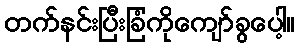
တက်နင်းပြီးခြံကိုကျော်ခွပေါ့။